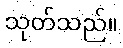
သုတ်သည်။